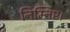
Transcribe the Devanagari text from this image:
निम्निष्ट।